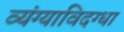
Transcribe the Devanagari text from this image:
व्यंग्याविदग्धा